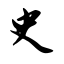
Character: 史